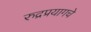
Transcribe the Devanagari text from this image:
रुद्रप्रयागचे